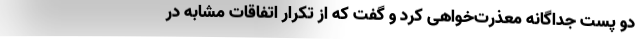
دو پست جداگانه معذرت‌خواهی کرد و گفت که از تکرار اتفاقات مشابه در